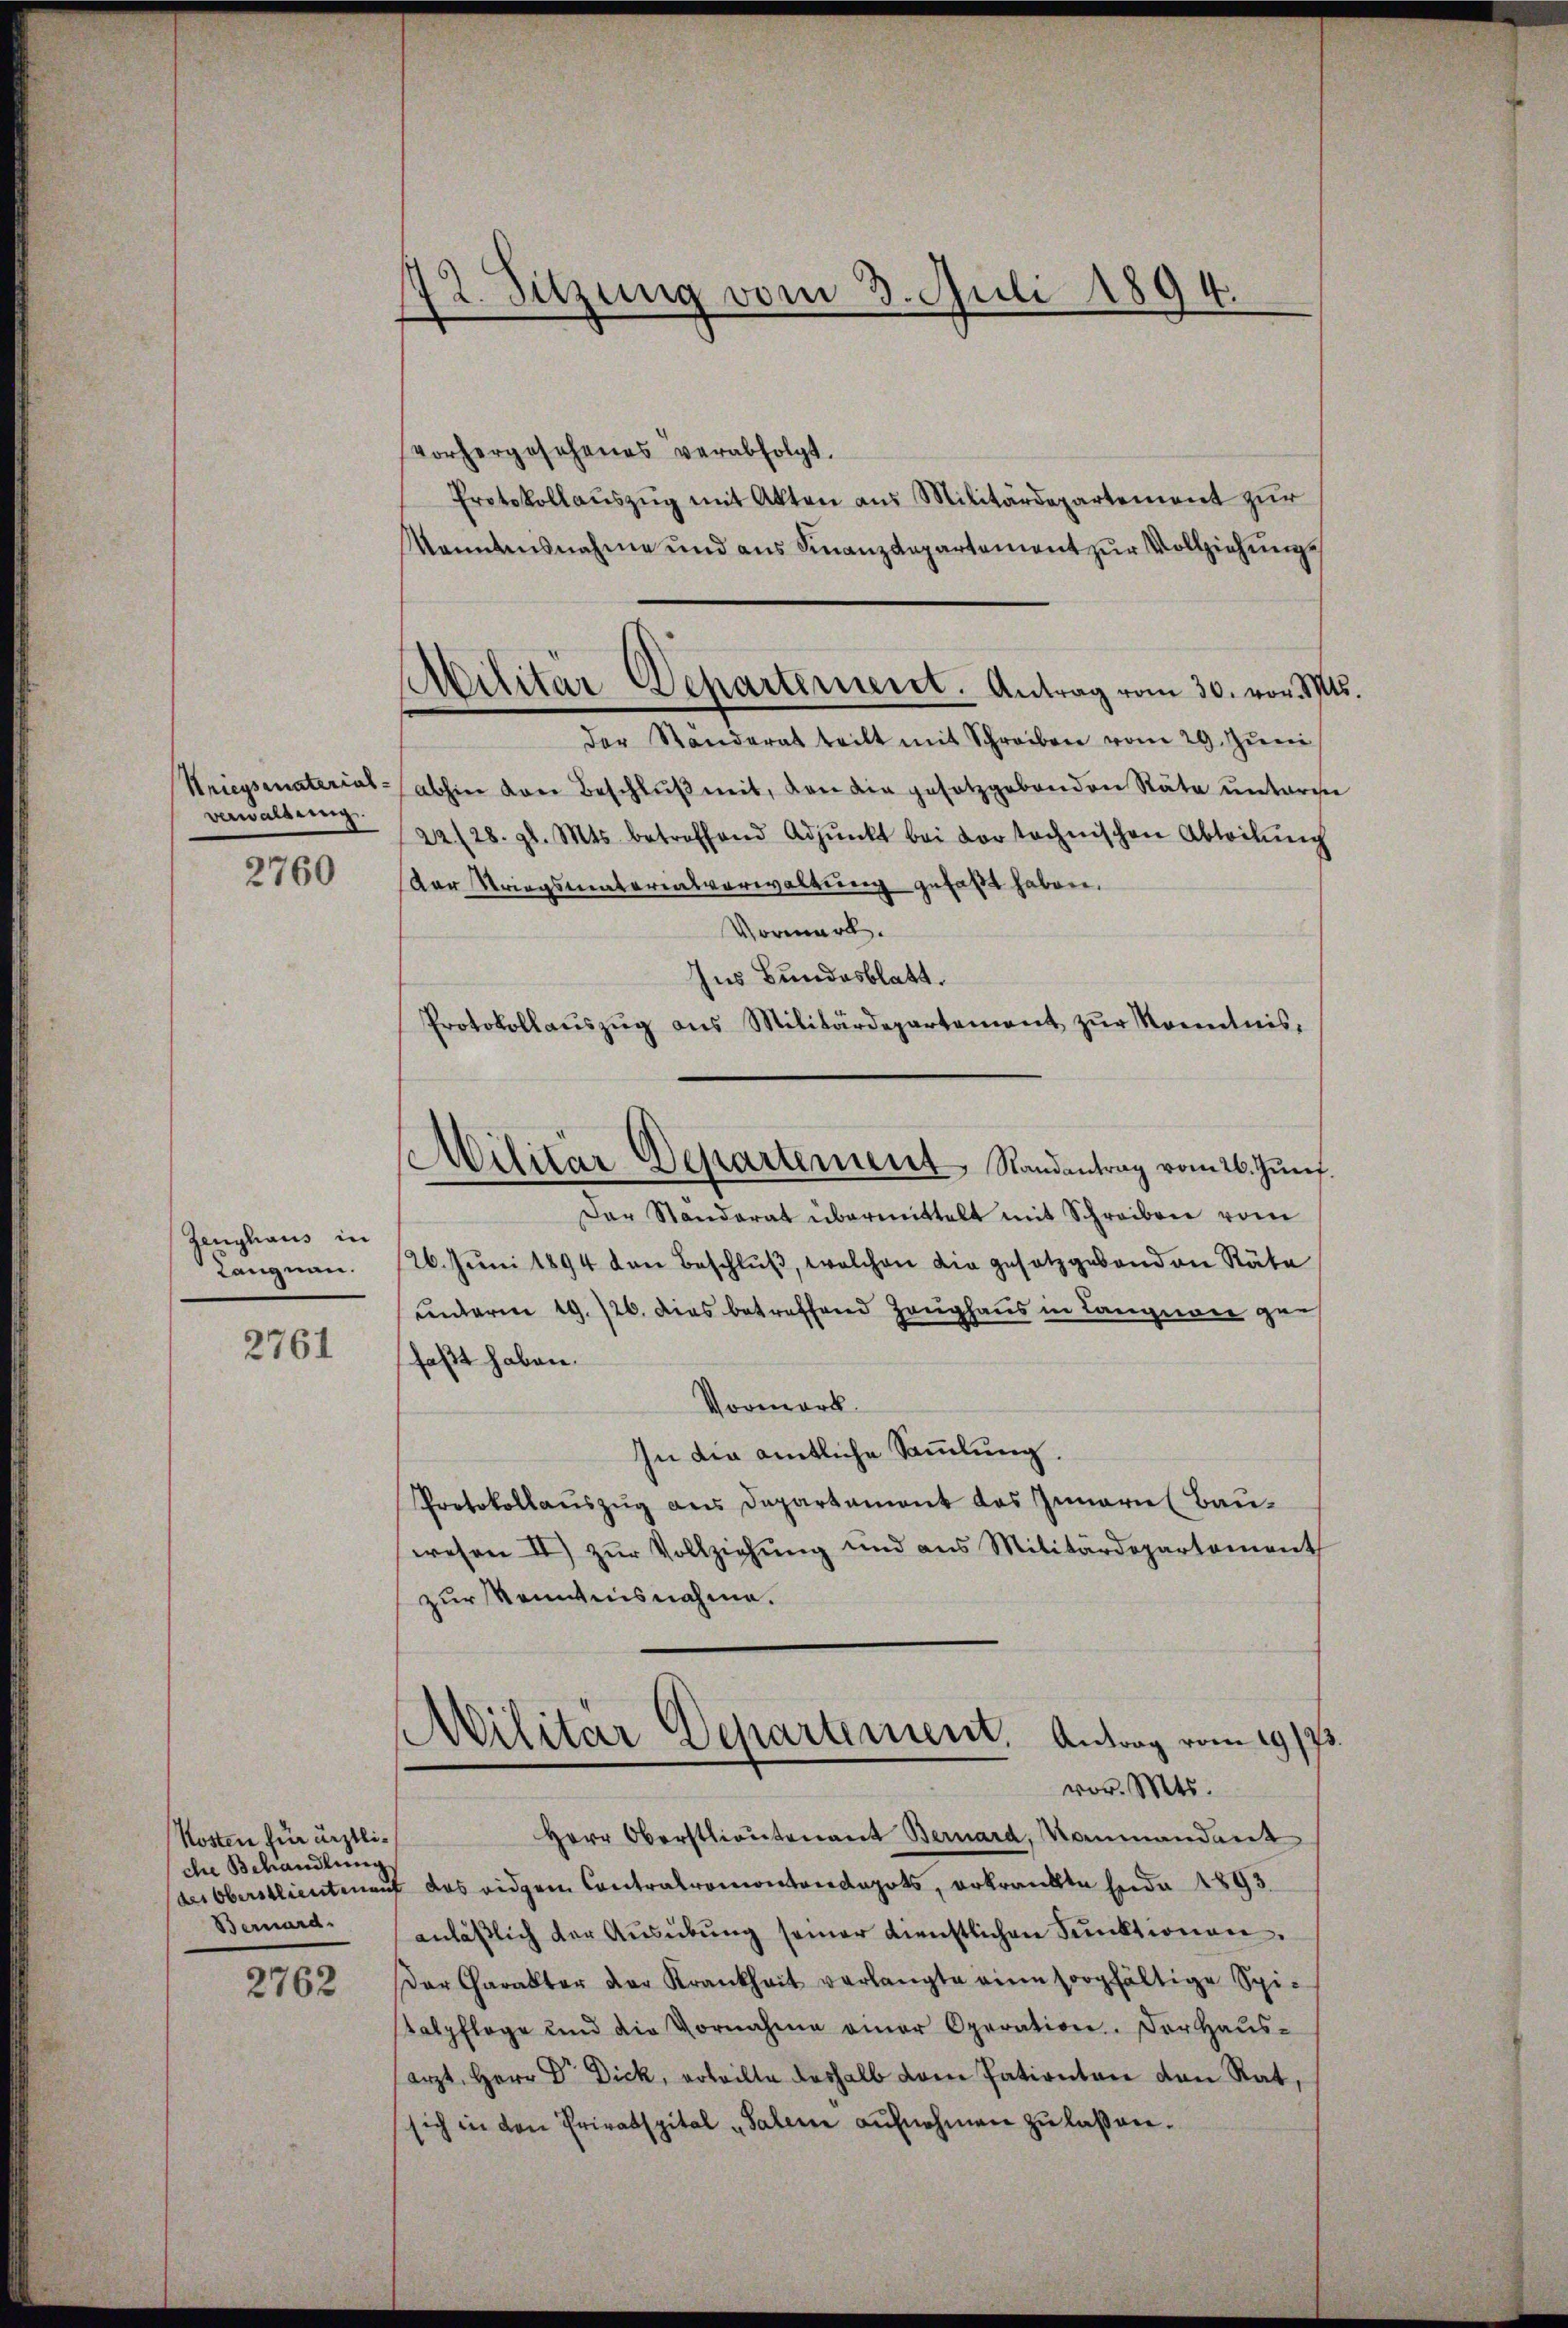
verwaldung.

2760

Ganghaus in
Langnau.

2761

Kosten für ärztliche Behandlung
Bernard.

2762

72. Sitzung vom 3. Juli 1894.

vorhergesehenes verabfolgt.
Protokollauszug mit Akten aus Militärdepartement zur
Kenntnisnahme und aus Finanzdepartement zur Vollziehungs
der Standerat teilt mit Schreiben vom 29. Jŭni
Kriegsenaterial- abhin von Beschluß mit, von die gesetzgebenden Räte untari
22/28. gl. Mts. betreffend Adjunkt bei der technischen Abteilŭng
Der Striegsmaterialverwaltung gefaßt haben.
Vormerk.
Ins Bundesblatt.
Protokollauszug aus Militärdepartement zur Kenntnis¬
Der Standerat übermittelt mit Schreiben vom
26. Juni 1894 den Beschluß, welchen die gesetzgebenden Räte
unterm 19. 126. dies betreffend Zeughaus in Langierer gefaßt haben.
Vormerk
In die amtliche Sammlung.
Protokollauszug aus Departement das Inneres Bauwesen II) zur Vollziehung und aus Militärdepartement
zur Kenntnisnahme.
)
Militär Departement. Antrag vom 19773.
vor. Mts.
Herr Oberstlieutenant Bernard, Mammandant
des Oberstlieutenauf das eidgem Contralremontanderts, erkrankte seide 1893.
anläβlich der Aŭsübŭng seiner dienstlichen Funktionen.
Der Charakter der Krankheit verlangte eine sorgfältige Spi-
talpflege und die Vornahme einer Operation. Der Haŭs-
erzt. Herr Dr. Dick, erteilte deshalb vom Patienten den Rat,
sich in den Privatspital „Salem aufnehmen zu lassen.

Militär Departement. Antrag vom 30. vom 17t

Militär Departement Randantrag vom 26. Juni.